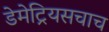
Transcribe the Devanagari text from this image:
डेमेट्रियसचाच